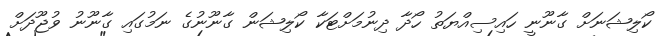
ކޯލިޝަނަށް ގާނޫނީ ހައިސިއްޔަތު ހޯދާ ދިނުމަށްޓަކާ ކޯލިޝަން ގާނޫނުގެ ނަމުގައި ގާނޫނު ވުޖޫދަށް